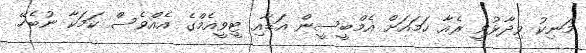
މަނިކު ވިދާޅުވީ ރެއާ ހަމައަށް އެމްބީސީން އަޑާއި ޓީވީއެމްގެ އެއްވެސް ކަމަކާ ނުބެހޭ